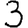
Digit: 3